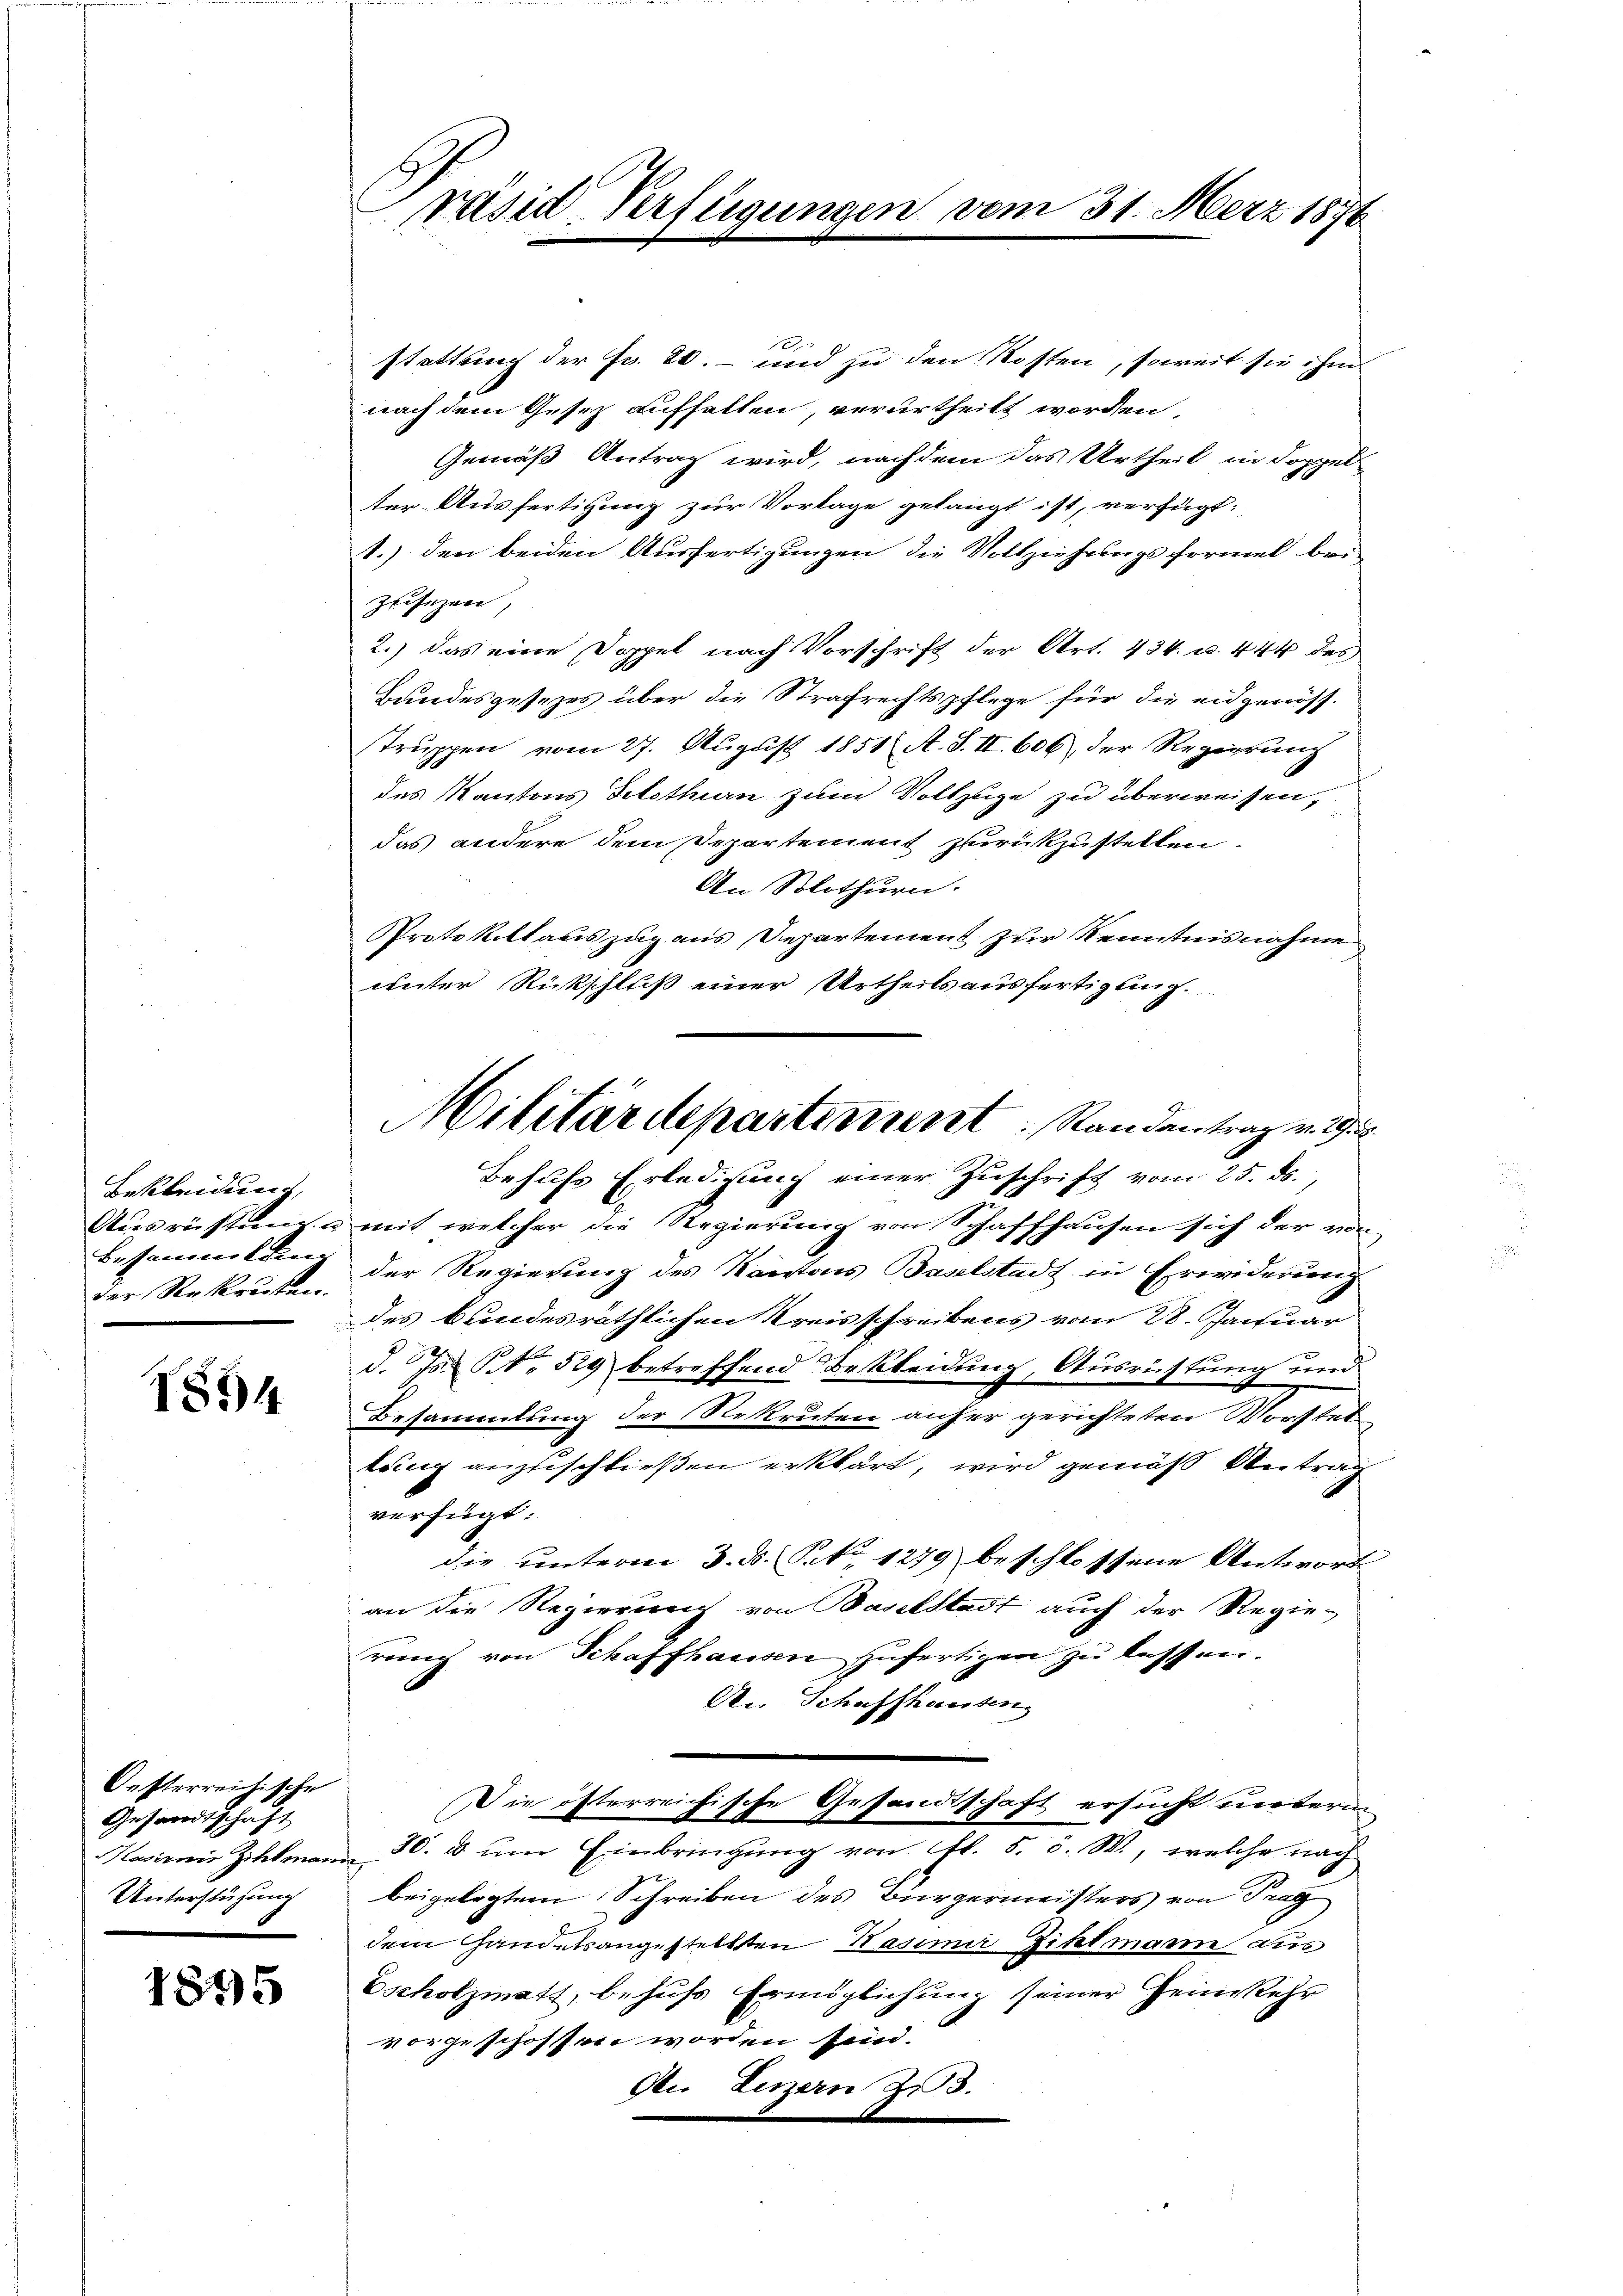
Bekleidung,
Besammlung
der Rekruten.

1894

Oesterreichische
Gesandtschaft
Masirnis Zihlman
Unterstühung

1895

Präsid. Verfügungen

stattung der Fr. 20.- und zu den Kosten, soweit sie ihm
nach dem Gesetz aufhalten, verurtheilt worden,
Gemäß Antrag wird, nachdem das Urtheil in doppel-
ter Ausfertigung zur Vorlage gelangt ist, verfügt:
1.) den beiden Ausfertigungen die Vollziehungsformel bei¬
Zisezen,
2.) Das eine Doppel nach Vorschrift der Art. 434. u. 444 des
Bundesgesezes über die Strafrechtspflege für die eidgenösstruppen vom 27. Aŭgust 1851 A. S. II. 606 der Regierŭng
des Kantons dotethan zum Vollzuge zu überweisen,
das andere dem Departement zurückzustellen.
An Solothurn.
Protokoll auszug aus Departement zur Kenntnisnahme
weiter Rückschluß einer Urtheilsausfertigung.
Behufs Erledigung einer Zuschrift vom 25. ds.,
Ausrüstung u mit welcher die Regierung von Schaffhausen sich der von
der Regierung des Kantons Baselstadt in Erwiderung
des bundesräthlichen Kreisschreibens vom 28. Januar
d. Js. No 529 betreffend Bekleidung, Ausrüstung und
Besammlung der Rekruten anher gerichteten Vorstel
tring anzuschließen erklärt, wird gemäß Antrag
verfügt:
die unterm 3. d. S. 1279 beschlossene Antwort
an die Regierung von Baselstadt auch der Regierung von Schaffhausen zufertigen zu lassen.
An Schaffhausen,
Die öfterreichische Gesandtschaft ersucht unterm
30. u um Einbringung von Fr. 5. d. M., welche nach
¬
beigelegtem Schreiben des Bürgermeisters von Frag
dem andelsangestellten Kasimir Zihtmann aus
Escholzmatt, behufs Ermöglichung seiner Heimkehr
vorgeschossen worden sein.
den Luzern 23.

Militärdepartement Randantrag v. 2.

vom 31. Merz 1876